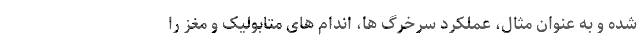
شده و به عنوان مثال، عملکرد سرخرگ ها، اندام های متابولیک و مغز را